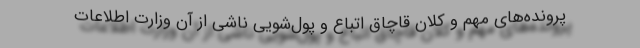
پرونده‌های مهم و کلان قاچاق اتباع و پول‌شویی ناشی از آن وزارت اطلاعات